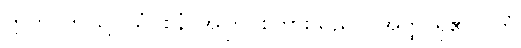
ဣတိ၊ ဤသို့။ ယံဝစနံ၊ အကြင်စကားသည်။ (အတ္ထိ၊ ရှိ၏။) တံ